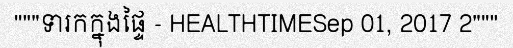
"""ទារកក្នុងផ្ទៃ - HEALTHTIMESep 01, 2017 2"""